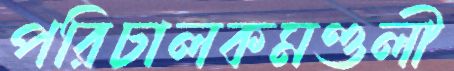
পরিচালকমণ্ডলী